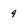
Character: 9